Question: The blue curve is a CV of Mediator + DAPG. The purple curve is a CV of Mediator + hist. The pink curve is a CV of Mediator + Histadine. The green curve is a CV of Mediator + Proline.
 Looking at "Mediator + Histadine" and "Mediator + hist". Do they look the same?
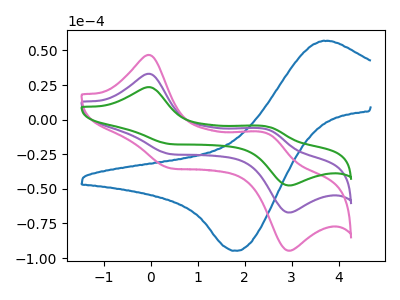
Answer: <think>The blue curve "Mediator + DAPG" has an anodic peak at (3.65V, 56.95uA) and a cathodic peak at (1.85V, -94.75uA). The purple curve "Mediator + hist" has anodic peaks at (0.00V, 33.10uA) (2.45V, -6.85uA) and cathodic peaks at (0.45V, -25.05uA) (2.90V, -67.10uA). The pink curve "Mediator + Histadine" has anodic peaks at (0.00V, 46.70uA) (2.45V, -9.65uA) and cathodic peaks at (0.45V, -35.35uA) (2.90V, -94.65uA). The green curve "Mediator + Proline" has anodic peaks at (0.00V, 66.20uA) (2.45V, -13.65uA) and cathodic peaks at (0.45V, -50.15uA) (2.90V, -134.20uA).
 All the peaks in "Mediator + Histadine" have a peak in "Mediator + hist" at the same potential.</think>
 <answer>"Mediator + Histadine" and "Mediator + hist" are similar in shape.</answer>
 <eval>same_shape</eval>